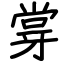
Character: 牚